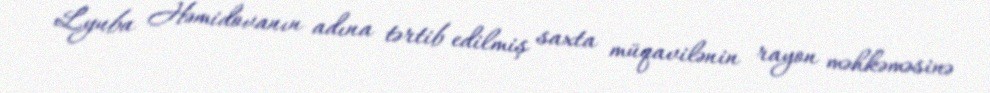
Lyuba Həmidovanın adına tərtib edilmiş saxta müqavilənin rayon məhkəməsinə